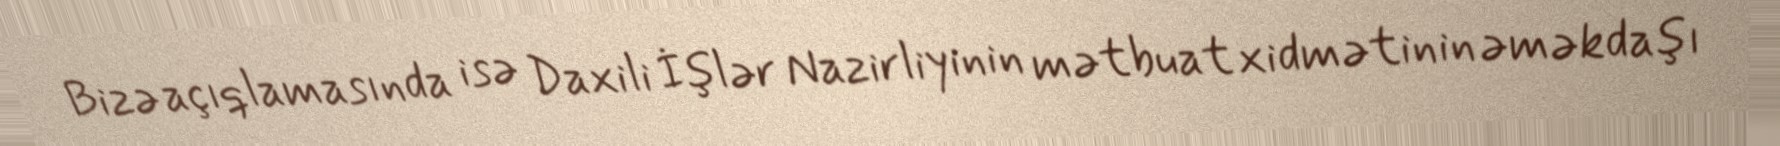
Bizə açıqlamasında isə Daxili İşlər Nazirliyinin mətbuat xidmətinin əməkdaşı